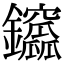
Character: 𨰆